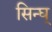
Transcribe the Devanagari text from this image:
सिन्घ्